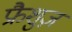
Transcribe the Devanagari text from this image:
फ्रैशुज़